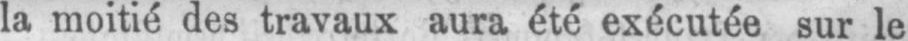
la moitié des travaux aura été exécutée sur le